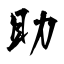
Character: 助